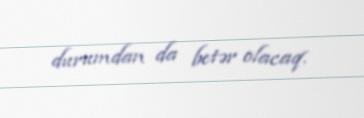
durumdan da betər olacaq.